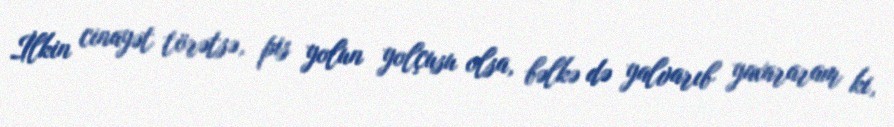
İlkin cinayət törətsə, pis yolun yolçusu olsa, bəlkə də yalvarıb yaxararam ki,